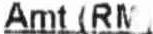
AMT (RM)